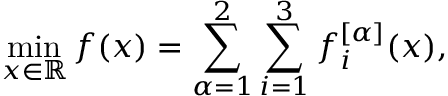
\operatorname* { m i n } _ { x \in \mathbb { R } } f ( x ) = \sum _ { \alpha = 1 } ^ { 2 } \sum _ { i = 1 } ^ { 3 } f _ { i } ^ { [ \alpha ] } ( x ) ,